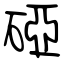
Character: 䃁